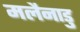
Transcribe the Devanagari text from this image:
मलैनाडु